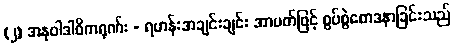
(၂) အနုဝါဒါဓိကရုဏ်း - ရဟန်းအချင်းချင်း အာပတ်ဖြင့် စွပ်စွဲစောဒနာခြင်းသည်